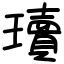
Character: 瓄